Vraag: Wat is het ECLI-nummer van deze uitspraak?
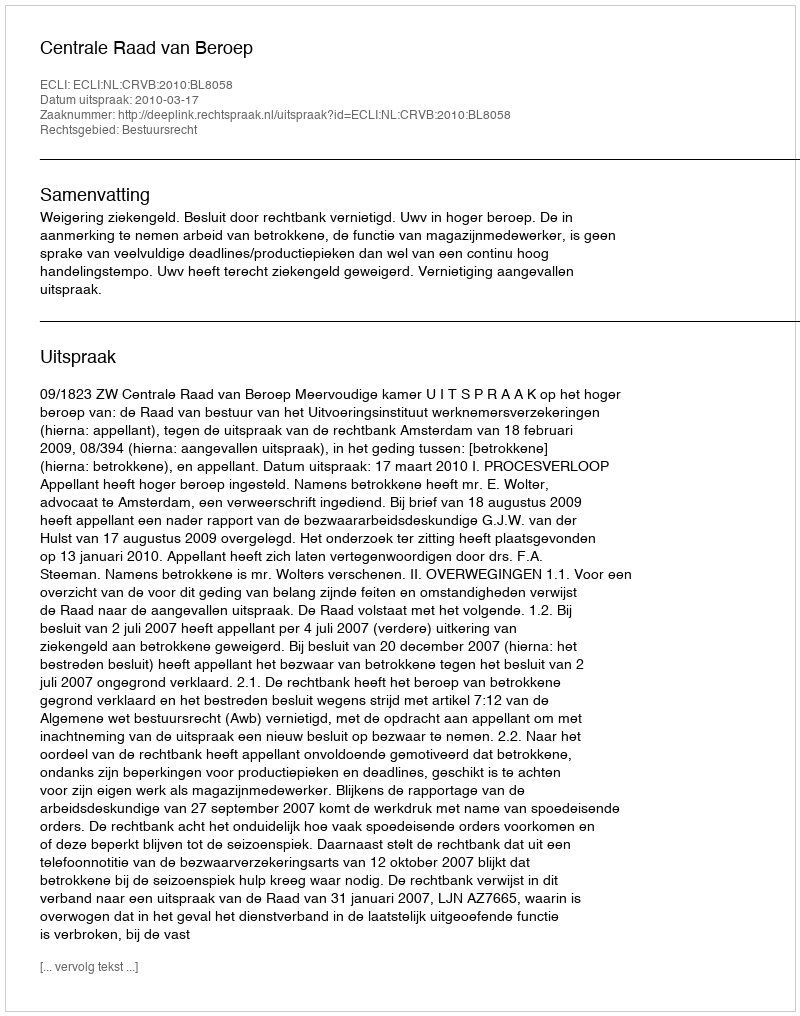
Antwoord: ECLI:NL:CRVB:2010:BL8058